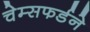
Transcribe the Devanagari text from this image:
चेम्सफर्डने